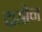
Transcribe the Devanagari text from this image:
दासोचा